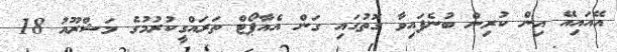
އޭއައިއޭ އިން ކުރިން ބުނެފައިވާ ގޮތުގައި ގަން އެއާޕޯޓް ތަރައްގީކުރުމުގެ މަޝްރޫއު 18